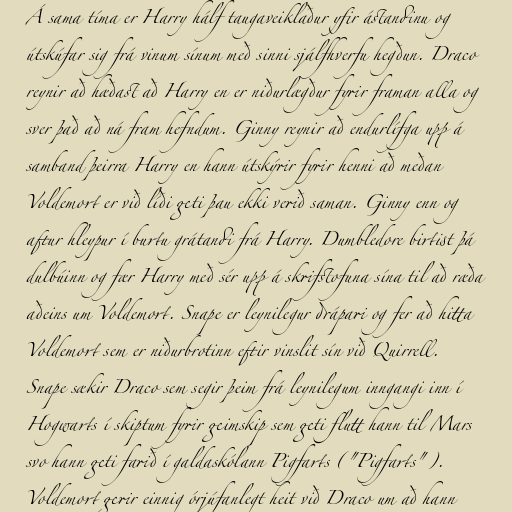
Á sama tíma er Harry hálf taugaveiklaður yfir ástandinu og
útskúfar sig frá vinum sínum með sinni sjálfhverfu hegðun. Draco
reynir að hæðast að Harry en er niðurlægður fyrir framan alla og
sver það að ná fram hefndum. Ginny reynir að endurlífga upp á
samband þeirra Harry en hann útskýrir fyrir henni að meðan
Voldemort er við líði geti þau ekki verið saman. Ginny enn og
aftur hleypur í burtu grátandi frá Harry. Dumbledore birtist þá
dulbúinn og fær Harry með sér upp á skrifstofuna sína til að ræða
aðeins um Voldemort. Snape er leynilegur drápari og fer að hitta
Voldemort sem er niðurbrotinn eftir vinslit sín við Quirrell.
Snape sækir Draco sem segir þeim frá leynilegum inngangi inn í
Hogwarts í skiptum fyrir geimskip sem geti flutt hann til Mars
svo hann geti farið í galdaskólann Pigfarts ("Pigfarts").
Voldemort gerir einnig órjúfanlegt heit við Draco um að hann